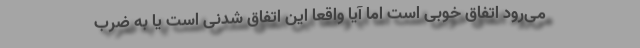
می‌رود اتفاق خوبی است اما آیا واقعاً این اتفاق شدنی است یا به ضرب